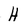
Character: H